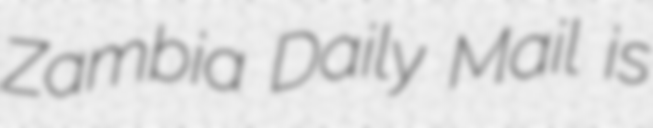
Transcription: Zambia Daily Mail is